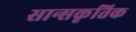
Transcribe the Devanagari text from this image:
सान्सकृतिक